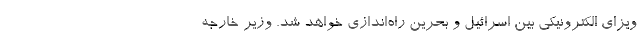
ویزای الکترونیکی بین اسرائیل و بحرین راه‌اندازی خواهد شد. وزیر خارجه